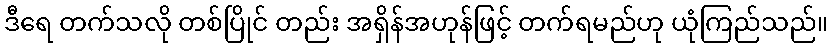
ဒီရေ တက်သလို တစ်ပြိုင် တည်း အရှိန်အဟုန်ဖြင့် တက်ရမည်ဟု ယုံကြည်သည်။